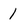
Character: 1